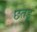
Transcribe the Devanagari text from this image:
छतड़ू